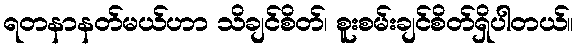
ရတနာနတ်မယ်ဟာ သိချင်စိတ်၊ စူးစမ်းချင်စိတ်ရှိပါတယ်။